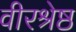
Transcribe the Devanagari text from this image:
वीरश्रेष्ठ